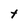
Character: t